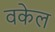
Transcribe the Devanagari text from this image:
वकेल